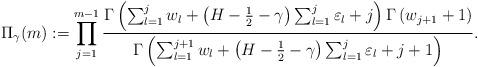
LaTeX: \begin{align*}\Pi_{\gamma}(m):=\prod_{j=1}^{m-1} \frac{\Gamma \left(\sum_{l=1}^{j} w_l + \left(H-\frac{1}{2}-\gamma \right)\sum_{l=1}^{j} \varepsilon_l + j\right)\Gamma \left( w_{j+1}+1\right)}{\Gamma \left( \sum_{l=1}^{j+1} w_l + \left(H-\frac{1}{2}-\gamma \right)\sum_{l=1}^{j} \varepsilon_l + j+1\right)}.\end{align*}